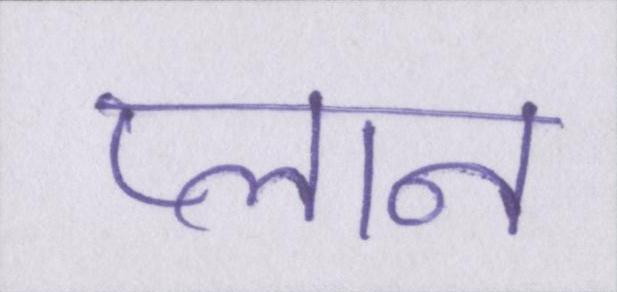
प्लान